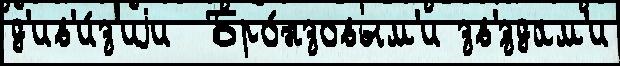
д'ив'и́з'иjи  Бро́нзовым'и зв'́здам'и